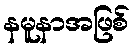
နမူနာအဖြစ်